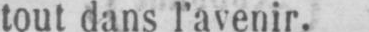
tout dans l’avenir.